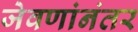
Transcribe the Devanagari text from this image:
जेवणांनंतर